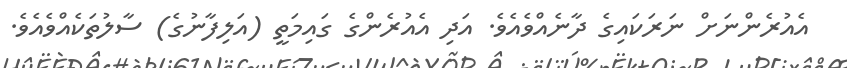
އެއުރެންނަށް ނަރަކައިގެ ދާނެއްވެއެވެ. އަދި އެއުރެންގެ ގައިމަތީ (އަލިފާނުގެ) ސާލުތަކެއްވެއެވެ.